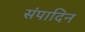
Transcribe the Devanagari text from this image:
संपादिन